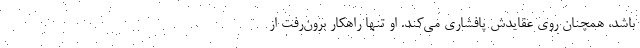
باشد، همچنان روی عقایدش پافشاری می‌کند. او تنها راهکار برون‌رفت از